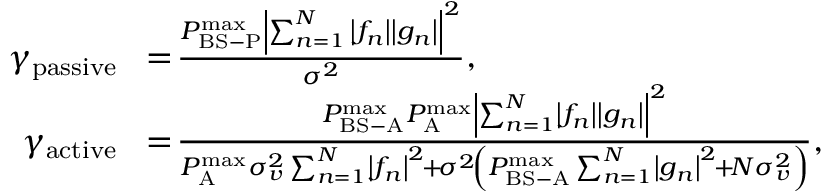
\begin{array} { r l } { { \gamma _ { { \mathrm { p a s s i v e } } } } } & { \! = \! \frac { { P _ { { \mathrm { B S - P } } } ^ { \operatorname* { m a x } } { { \left| { \sum _ { n = 1 } ^ { N } { \left| { { f _ { n } } } \right| \left| { { g _ { n } } } \right| } } \right| } ^ { 2 } } } } { { { \sigma ^ { 2 } } } } , } \\ { \! \gamma _ { \mathrm { a c t i v e } } } & { \! = \! \frac { { P _ { { \mathrm { B S - A } } } ^ { { \operatorname* { m a x } } } P _ { \mathrm { A } } ^ { { \operatorname* { m a x } } } { { \left| { \sum _ { n = 1 } ^ { N } \! { \left| { { f _ { n } } } \right| \left| { { g _ { n } } } \right| } } \right| } ^ { 2 } } } } { { P _ { \mathrm { A } } ^ { { \operatorname* { m a x } } } \sigma _ { v } ^ { 2 } \sum _ { n = 1 } ^ { N } \! { { { \left| { { f _ { n } } } \right| } ^ { 2 } } } \! + \! { \sigma ^ { 2 } } \! \left( { P _ { { \mathrm { B S - A } } } ^ { { \operatorname* { m a x } } } \sum _ { n = 1 } ^ { N } \! { { { \left| { { g _ { n } } } \right| } ^ { 2 } } \! + \! N \sigma _ { v } ^ { 2 } } } \right) } } , } \end{array}